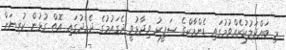
މި ބައްދަލުކުރެއްވުމުގައި ޑެންމާކްގެ ސަފީރު ވިދާޅުވީ ދެގައުމުގެ ދެމެދުގައި އޮތް ގުޅުން ކުރިޔަށް